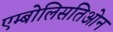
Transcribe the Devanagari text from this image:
एम्बोलिसतिओन